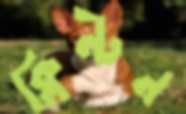
ক্লিন্টন